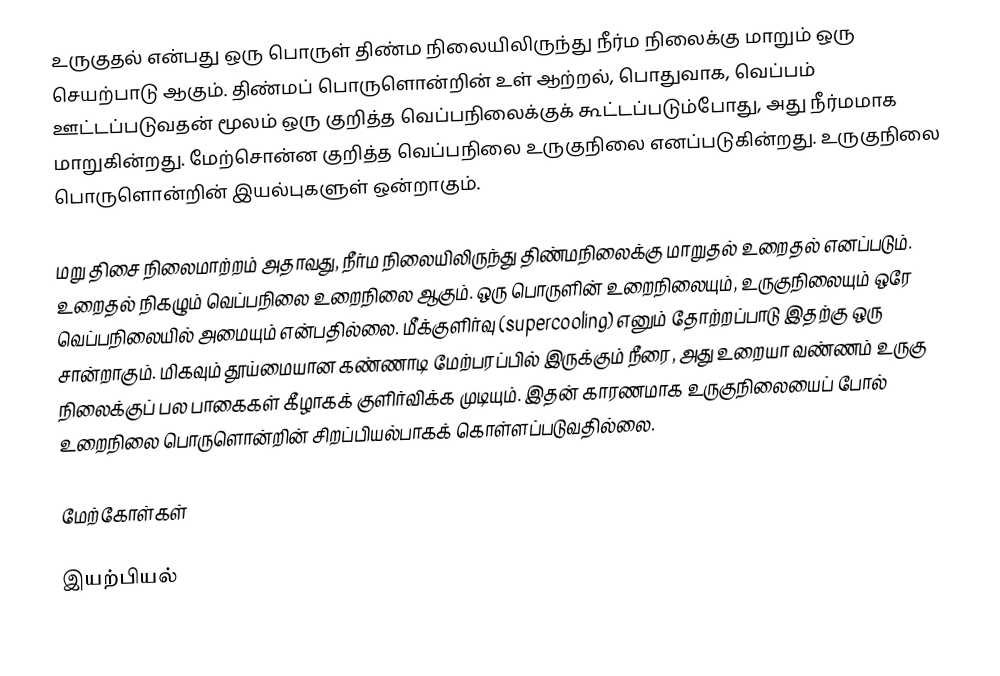
உருகுதல் என்பது ஒரு பொருள் திண்ம நிலையிலிருந்து நீர்ம நிலைக்கு மாறும் ஒரு செயற்பாடு ஆகும். திண்மப் பொருளொன்றின் உள் ஆற்றல், பொதுவாக, வெப்பம் ஊட்டப்படுவதன் மூலம் ஒரு குறித்த வெப்பநிலைக்குக் கூட்டப்படும்போது, அது நீர்மமாக மாறுகின்றது. மேற்சொன்ன குறித்த வெப்பநிலை உருகுநிலை எனப்படுகின்றது. உருகுநிலை பொருளொன்றின் இயல்புகளுள் ஒன்றாகும்.

மறு திசை நிலைமாற்றம் அதாவது, நீர்ம நிலையிலிருந்து திண்மநிலைக்கு மாறுதல் உறைதல் எனப்படும். உறைதல் நிகழும் வெப்பநிலை உறைநிலை ஆகும். ஒரு பொருளின் உறைநிலையும், உருகுநிலையும் ஒரே வெப்பநிலையில் அமையும் என்பதில்லை. மீக்குளிர்வு (supercooling) எனும் தோற்றப்பாடு இதற்கு ஒரு சான்றாகும். மிகவும் தூய்மையான கண்ணாடி மேற்பரப்பில் இருக்கும் நீரை, அது உறையா வண்ணம் உருகு நிலைக்குப் பல பாகைகள் கீழாகக் குளிர்விக்க முடியும். இதன் காரணமாக உருகுநிலையைப் போல் உறைநிலை பொருளொன்றின் சிறப்பியல்பாகக் கொள்ளப்படுவதில்லை.

மேற்கோள்கள்

இயற்பியல்